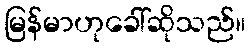
မြန်မာဟုခေါ်ဆိုသည်။